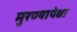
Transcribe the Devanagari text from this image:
मुरण्यापेक्षा